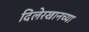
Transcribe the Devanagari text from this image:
दिलेरखानच्या